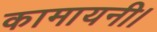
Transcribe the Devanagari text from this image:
कामायनी।